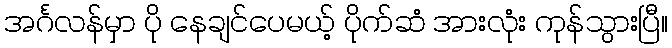
အင်္ဂလန်မှာ ပို နေချင်ပေမယ့် ပိုက်ဆံ အားလုံး ကုန်သွားပြီ။